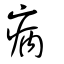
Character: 病